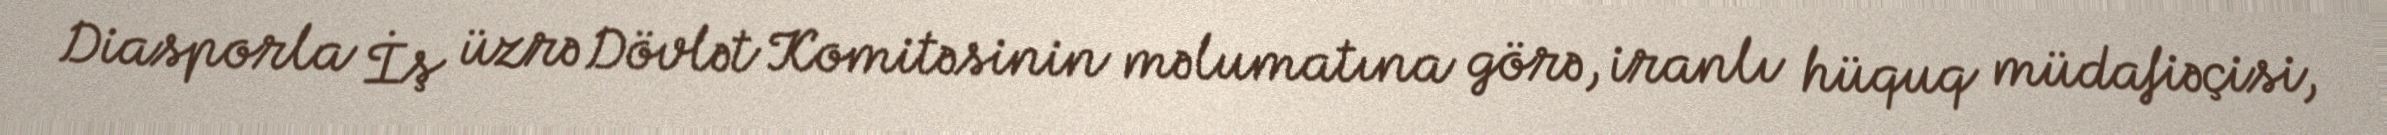
Diasporla İş üzrə Dövlət Komitəsinin məlumatına görə, iranlı hüquq müdafiəçisi,